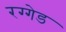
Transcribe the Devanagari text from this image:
रग्गेड